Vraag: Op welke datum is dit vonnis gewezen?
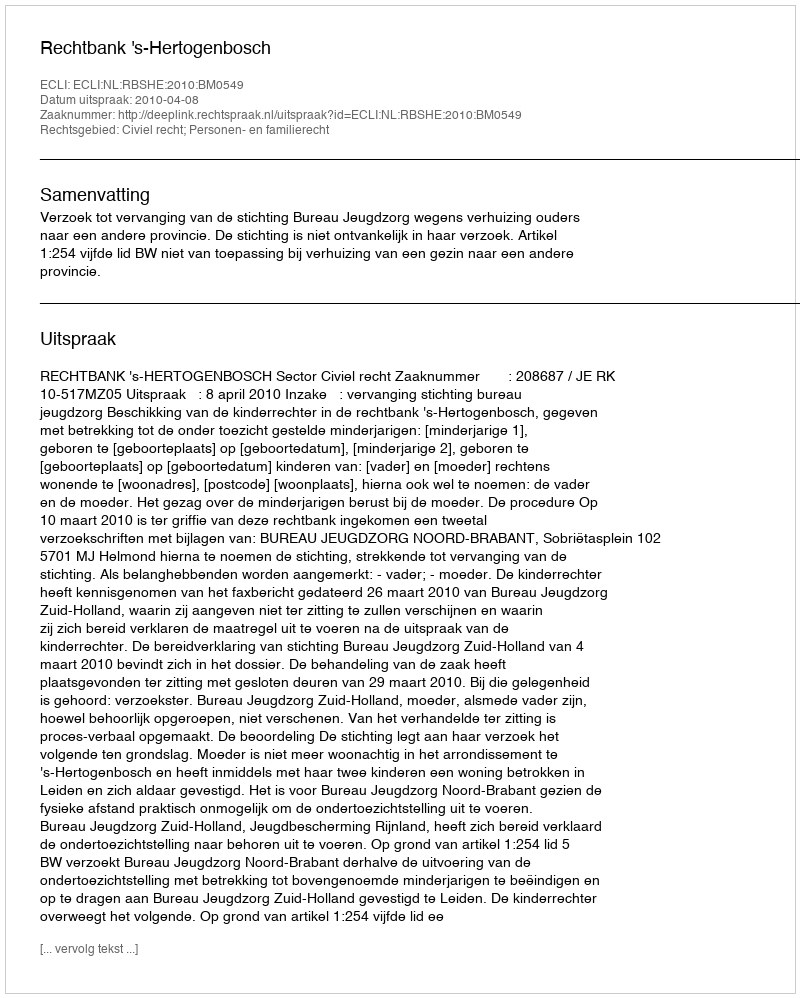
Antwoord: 2010-04-08